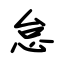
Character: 怠